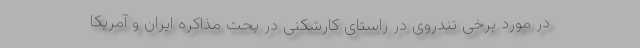
در مورد برخی تندروی در راستای کارشکنی در بحث مذاکره ایران و آمریکا